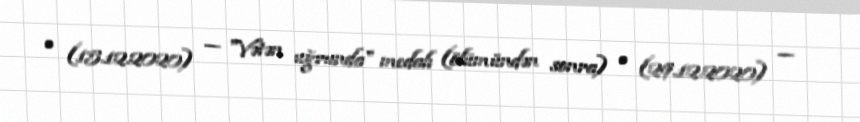
• (15.12.2020) — "Vətən uğrunda" medalı (ölümündən sonra) • (29.12.2020) —